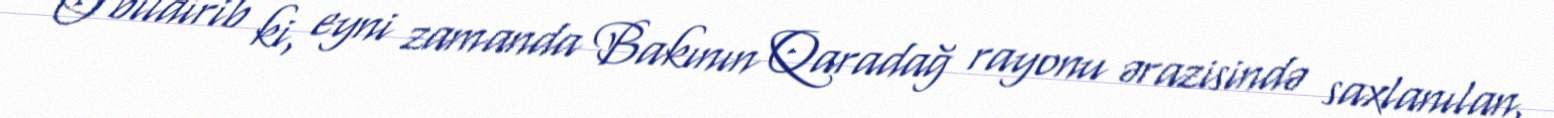
O bildirib ki, eyni zamanda Bakının Qaradağ rayonu ərazisində saxlanılan,